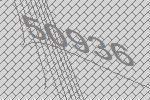
50936